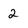
Character: 2